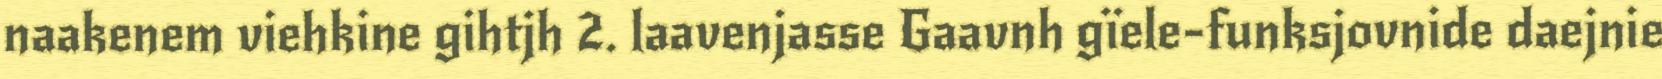
naakenem viehkine gihtjh 2. laavenjasse Gaavnh gïele-funksjovnide daejnie